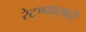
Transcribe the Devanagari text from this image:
रेटण्यासाठी